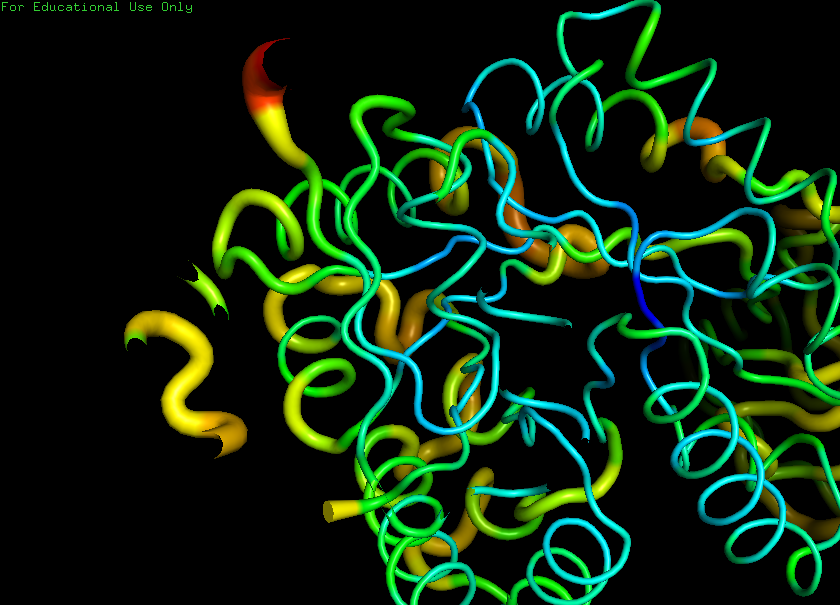
pymol, preset, b_factor_putty